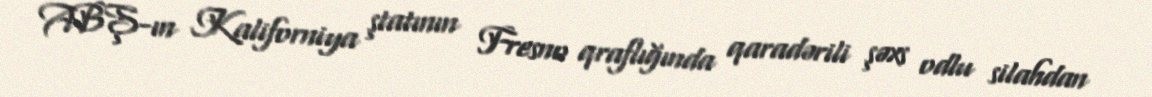
ABŞ-ın Kaliforniya ştatının Fresno qraflığında qaradərili şəxs odlu silahdan